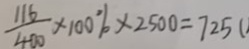
\frac { 1 1 6 } { 4 0 0 } \times 1 0 0 \% \times 2 5 0 0 = 7 2 5